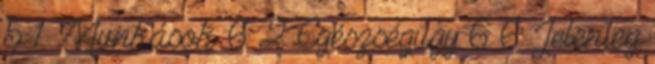
5 1 Munkások 6 2 Egészségügy 6 6 Jelenleg